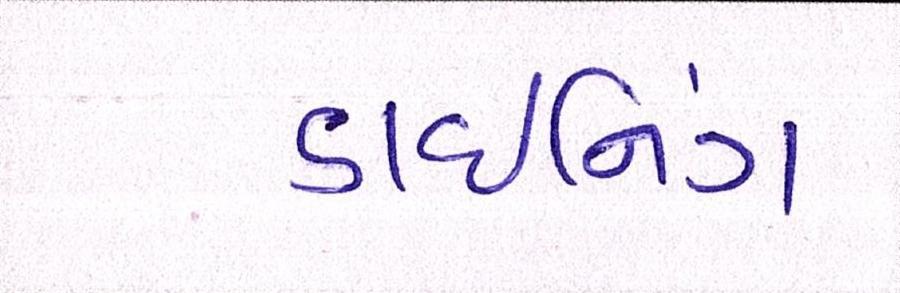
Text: ડાઈનિંગ